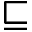
\sqsubseteq